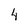
Character: 4